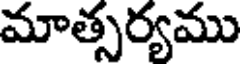
మాత్సర్యము